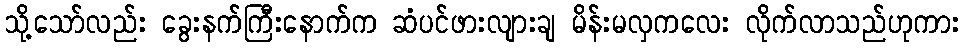
သို့သော်လည်း ခွေးနက်ကြီးနောက်က ဆံပင်ဖားလျားချ မိန်းမလှကလေး လိုက်လာသည်ဟုကား